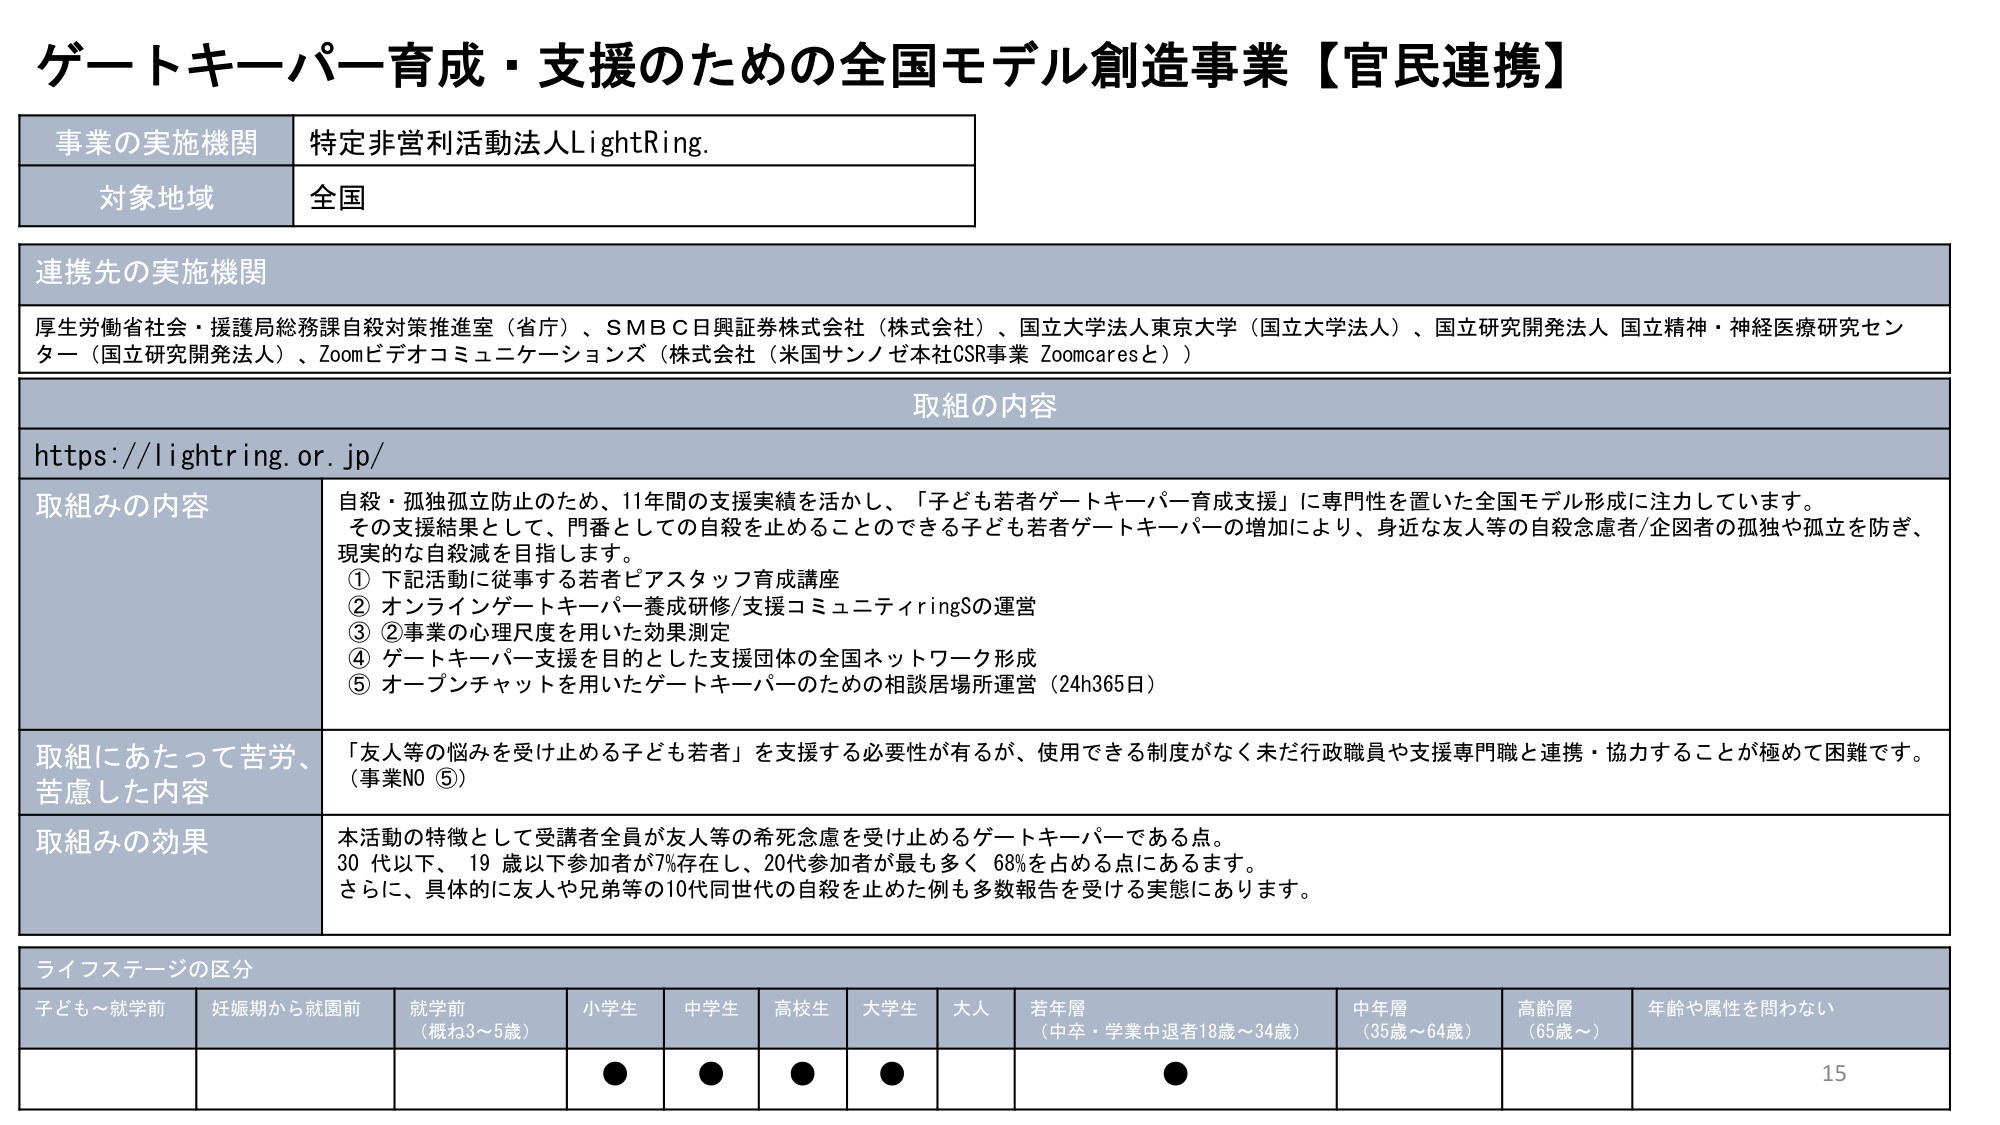
ゲートキーパー育成・支援のための全国モデル創造事業【官民連携】

事業の実施機関　特定非営利活動法人LightRing.

対象地域　全国

連携先の実施機関
厚生労働省社会・援護局総務課自殺対策推進室（省庁）、ＳＭＢＣ日興証券株式会社（株式会社）、国立大学法人東京大学（国立大学法人）、国立研究開発法人 国立精神・神経医療研究センター（国立研究開発法人）、Zoomビデオコミュニケーションズ（株式会社（米国サンノゼ本社CSR事業 Zoomcaresと））

取組の内容
https://lightring.or.jp/

取組みの内容
自殺・孤独孤立防止のため、11年間の支援実績を活かし、「子ども若者ゲートキーパー育成支援」に専門性を置いた全国モデル形成に注力しています。
その支援結果として、門番としての自殺を止めることのできる子ども若者ゲートキーパーの増加により、身近な友人等の自殺念慮者/企図者の孤独や孤立を防ぎ、現実的自殺減を目指します。
① 下記活動に従事する若者ピアスタッフ育成講座
② オンラインゲートキーパー養成研修/支援コミュニティiringSの運営
③ ②事業の心理尺度を用いた効果測定
④ ゲートキーパー支援を目的とした支援団体の全国ネットワーク形成
⑤ オープンチャットを用いたゲートキーパーのための相談居場所運営（24h365日）

取組にあたって苦労、苦慮した内容
「友人等の悩みを受け止める子ども若者」を支援する必要性が有るが、使用できる制度がなく未だ行政職員や支援専門職と連携・協力することが極めて困難です。
（事業NO ⑤）

取組みの効果
本活動の特徴として受講者全員が友人等の希死念慮を受け止めるゲートキーパーである点。
30代以下、19歳以下参加者が7%存在し、20代参加者が最も多く68%を占める点にあるます。
さらに、具体的に友人や兄弟等の10代同世代の自殺を止めた例も多数報告を受ける実態にあります。

ライフステージの区分
子ども～就学前　妊娠期から就園前　就学前（概ね3～5歳）　小学生　中学生　高校生　大学生　大人　若年層（中卒・学業中退者18歳～34歳）　中年層（35歳～64歳）　高齢層（65歳～）　年齢や属性を問わない

●　●　●　●　●

15